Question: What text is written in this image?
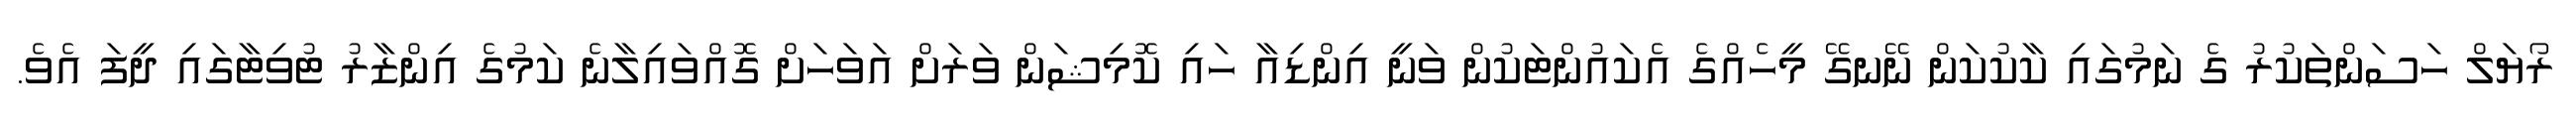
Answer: ރޯޔަލް ހަސަންތަކުރު ގެ ނަމުގައި ކާކުކަން ނޭނގޭ މީހެއްގެ އެކައުންޓަކުން ވަނީ އިންޑިއާ ހައި ކޮމިޝަން ވަރަށް އަވަހަށް ގޮއްވައިލާނެ ކަމުގެ އިންޒާރު ޓުވިޓާގައި ދީފަ އެވެ.